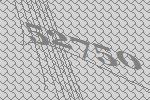
52750